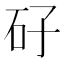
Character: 矷